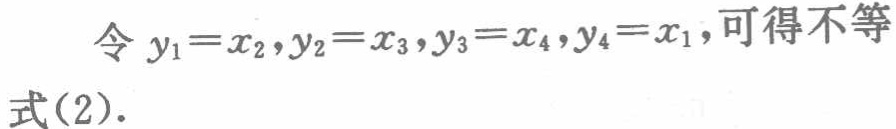
令 \(y_{1}=x_{2},y_{2}=x_{3},y_{3}=x_{4},y_{4}=x_{1}\)，可得不等式(2).